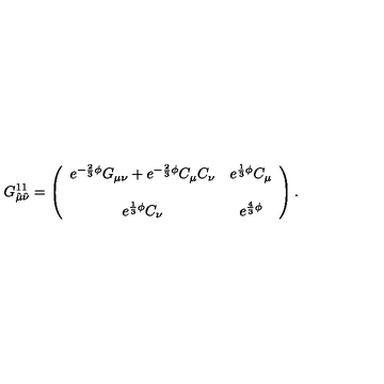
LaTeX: G _ { \hat { \mu } \hat { \nu } } ^ { 1 1 } = \left( \begin{array} { c c } { e ^ { - \frac { 2 } { 3 } \phi } G _ { \mu \nu } + e ^ { - \frac { 2 } { 3 } \phi } C _ { \mu } C _ { \nu } } & { e ^ { \frac { 1 } { 3 } \phi } C _ { \mu } } \\ { } & { } \\ { e ^ { \frac { 1 } { 3 } \phi } C _ { \nu } } & { e ^ { \frac { 4 } { 3 } \phi } } \\ \end{array} \right) .